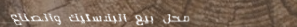
محل بيع البلاستيك والصناع